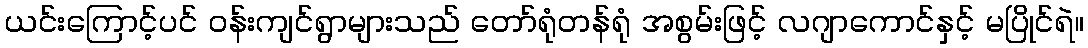
ယင်းကြောင့်ပင် ဝန်းကျင်ရွာများသည် တော်ရုံတန်ရုံ အစွမ်းဖြင့် လဂျာကောင်နှင့် မပြိုင်ရဲ။